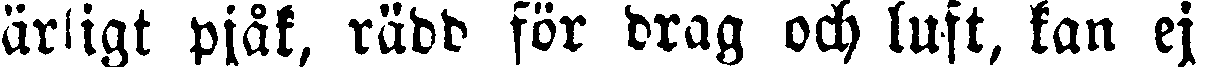
ärligt pjåk, rädd för drag och luft, kan ej